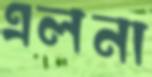
এলনা